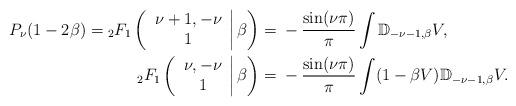
LaTeX: \begin{align*}P_\nu(1-2\beta)={_2}F_1\left( \left.\begin{array}{c}\nu+1,-\nu \\1\end{array}\right|\beta \right)={}&-\frac{\sin(\nu\pi)}{\pi}\int\mathbb D_{-\nu-1,\beta}V,\\{_2}F_1\left( \left.\begin{array}{c}\nu,-\nu \\1\end{array}\right|\beta \right)={}&-\frac{\sin(\nu\pi)}{\pi}\int(1-\beta V)\mathbb D_{-\nu-1,\beta}V.\end{align*}